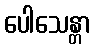
ပေါသေန္တာ